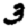
Digit: 3